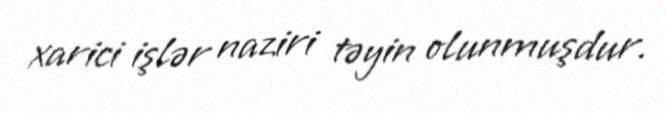
xarici işlər naziri təyin olunmuşdur.